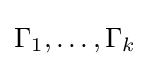
\Gamma _{1},\dots ,\Gamma _{k}